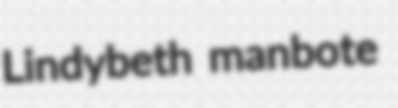
Lindybeth manbote